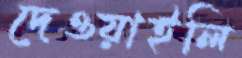
দেওয়াইলি